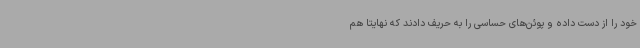
خود را از دست داده و پوئن‌های حساسی را به حریف دادند که نهایتا هم